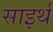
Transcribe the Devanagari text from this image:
साइर्थ